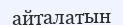
айталатын